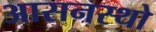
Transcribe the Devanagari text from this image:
आसनस्थो